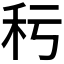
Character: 𥝜